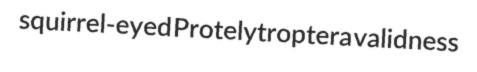
squirrel-eyed Protelytroptera validness